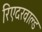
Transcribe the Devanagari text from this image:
रिएदरवाल्ड